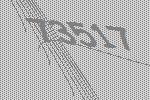
73517